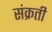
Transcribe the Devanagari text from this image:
संक्रती